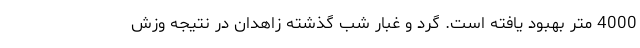
4000 متر بهبود یافته است. گرد و غبار شب گذشته زاهدان در نتیجه وزش